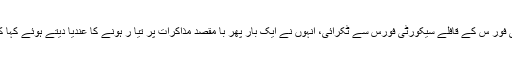
بارود سے بھری گاڑی سیکورٹی فور س کے قافلے سیکورٹی فورس سے ٹکرائی، انہوں نے ایک بار پھر با مقصد مذاکرات پر تیا ر ہونے کا عندیا دیتے ہوئے کہا کہ ہمار ا موقف بالکل واضح ہے ۔